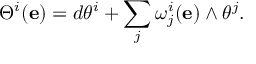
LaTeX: \Theta ^ { i } ( \mathbf { e } ) = d \theta ^ { i } + \sum _ { j } \omega _ { j } ^ { i } ( \mathbf { e } ) \wedge \theta ^ { j } .